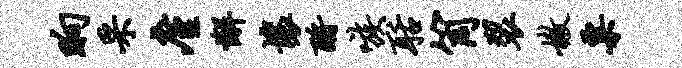
晌采廑懈壤酹嗾聒筒裂嫩粟